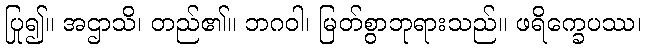
ပြု၍။ အဌာသိ၊ တည်၏။ ဘဂဝါ၊ မြတ်စွာဘုရားသည်။ ဖရိက္ခေပဿ၊